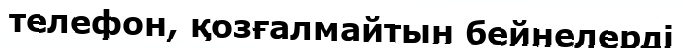
телефон, қозғалмайтын бейнелерді